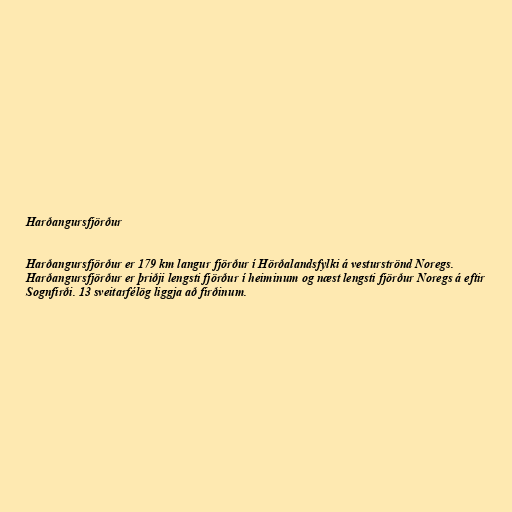
Harðangursfjörður

Harðangursfjörður er 179 km langur fjörður í Hörðalandsfylki á vesturströnd Noregs.
Harðangursfjörður er þriðji lengsti fjörður í heiminum og næst lengsti fjörður Noregs á eftir
Sognfirði. 13 sveitarfélög liggja að firðinum.